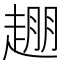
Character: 𬦒